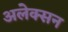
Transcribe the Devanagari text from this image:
अलेक्सन